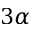
3 \alpha